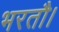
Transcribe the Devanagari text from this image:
भरतौ।